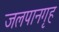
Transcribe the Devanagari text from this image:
जलपानगृह